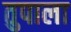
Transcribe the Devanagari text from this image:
तुपाला